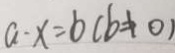
a - x = b ( b \neq 0 )